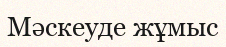
Мәскеуде жұмыс